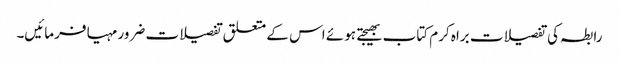
رابطہ کی تفصیلات براہ کرم کتاب بھیجتے ہوئے اس کے متعلق تفصیلات ضرور مہیا فرمائیں۔